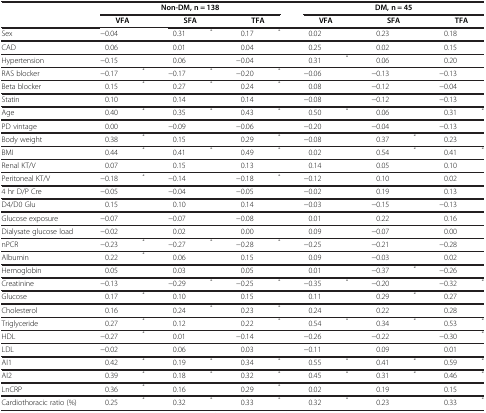
<table><thead><tr><td rowspan="2"><b> </b></td><td colspan="6"><b>Non-DM, n = 138</b></td><td colspan="6"><b>DM, n = 45</b></td></tr><tr><td colspan="2"><b>VFA</b></td><td colspan="2"><b>SFA</b></td><td colspan="2"><b>TFA</b></td><td colspan="2"><b>VFA</b></td><td colspan="2"><b>SFA</b></td><td colspan="2"><b>TFA</b></td></tr></thead><tbody><tr><td>Sex</td><td>−0.04</td><td> </td><td>0.31</td><td><sup><i>*</i></sup></td><td>0.17</td><td><sup><i>*</i></sup></td><td>0.02</td><td> </td><td>0.23</td><td> </td><td>0.18</td><td> </td></tr><tr><td>CAD</td><td>0.06</td><td> </td><td>0.01</td><td> </td><td>0.04</td><td> </td><td>0.25</td><td> </td><td>0.02</td><td> </td><td>0.15</td><td> </td></tr><tr><td>Hypertension</td><td>−0.15</td><td> </td><td>0.06</td><td> </td><td>−0.04</td><td> </td><td>0.31</td><td><sup><i>*</i></sup></td><td>0.06</td><td> </td><td>0.20</td><td> </td></tr><tr><td>RAS blocker</td><td>−0.17</td><td><sup><i>*</i></sup></td><td>−0.17</td><td><sup><i>*</i></sup></td><td>−0.20</td><td><sup><i>*</i></sup></td><td>−0.06</td><td> </td><td>−0.13</td><td> </td><td>−0.13</td><td> </td></tr><tr><td>Beta blocker</td><td>0.15</td><td><sup><i>*</i></sup></td><td>0.27</td><td><sup><i>*</i></sup></td><td>0.24</td><td><sup><i>*</i></sup></td><td>0.08</td><td> </td><td>−0.12</td><td> </td><td>−0.04</td><td> </td></tr><tr><td>Statin</td><td>0.10</td><td> </td><td>0.14</td><td> </td><td>0.14</td><td> </td><td>−0.08</td><td> </td><td>−0.12</td><td> </td><td>−0.13</td><td> </td></tr><tr><td>Age</td><td>0.40</td><td><sup><i>*</i></sup></td><td>0.35</td><td><sup><i>*</i></sup></td><td>0.43</td><td><sup><i>*</i></sup></td><td>0.50</td><td><sup><i>*</i></sup></td><td>0.06</td><td> </td><td>0.31</td><td><sup><i>*</i></sup></td></tr><tr><td>PD vintage</td><td>0.00</td><td> </td><td>−0.09</td><td> </td><td>−0.06</td><td> </td><td>−0.20</td><td> </td><td>−0.04</td><td> </td><td>−0.13</td><td> </td></tr><tr><td>Body weight</td><td>0.38</td><td><sup><i>*</i></sup></td><td>0.15</td><td> </td><td>0.29</td><td><sup><i>*</i></sup></td><td>−0.08</td><td> </td><td>0.37</td><td><sup><i>*</i></sup></td><td>0.23</td><td> </td></tr><tr><td>BMI</td><td>0.44</td><td><sup><i>*</i></sup></td><td>0.41</td><td><sup><i>*</i></sup></td><td>0.49</td><td><sup><i>*</i></sup></td><td>0.02</td><td> </td><td>0.54</td><td><sup><i>*</i></sup></td><td>0.41</td><td><sup><i>*</i></sup></td></tr><tr><td>Renal KT/V</td><td>0.07</td><td> </td><td>0.15</td><td> </td><td>0.13</td><td> </td><td>0.14</td><td> </td><td>0.05</td><td> </td><td>0.10</td><td> </td></tr><tr><td>Peritoneal KT/V</td><td>−0.18</td><td><sup><i>*</i></sup></td><td>−0.14</td><td> </td><td>−0.18</td><td><sup><i>*</i></sup></td><td>−0.12</td><td> </td><td>0.10</td><td> </td><td>0.02</td><td> </td></tr><tr><td>4 hr D/P Cre</td><td>−0.05</td><td> </td><td>−0.04</td><td> </td><td>−0.05</td><td> </td><td>−0.02</td><td> </td><td>0.19</td><td> </td><td>0.13</td><td> </td></tr><tr><td>D4/D0 Glu</td><td>0.15</td><td> </td><td>0.10</td><td> </td><td>0.14</td><td> </td><td>−0.03</td><td> </td><td>−0.15</td><td> </td><td>−0.13</td><td> </td></tr><tr><td>Glucose exposure</td><td>−0.07</td><td> </td><td>−0.07</td><td> </td><td>−0.08</td><td> </td><td>0.01</td><td> </td><td>0.22</td><td> </td><td>0.16</td><td> </td></tr><tr><td>Dialysate glucose load</td><td>−0.02</td><td> </td><td>0.02</td><td> </td><td>0.00</td><td> </td><td>0.09</td><td> </td><td>−0.07</td><td> </td><td>0.00</td><td> </td></tr><tr><td>nPCR</td><td>−0.23</td><td><sup><i>*</i></sup></td><td>−0.27</td><td><sup><i>*</i></sup></td><td>−0.28</td><td><sup><i>*</i></sup></td><td>−0.25</td><td> </td><td>−0.21</td><td> </td><td>−0.28</td><td> </td></tr><tr><td>Albumin</td><td>0.22</td><td><sup><i>*</i></sup></td><td>0.06</td><td> </td><td>0.15</td><td> </td><td>0.09</td><td> </td><td>−0.03</td><td> </td><td>0.02</td><td> </td></tr><tr><td>Hemoglobin</td><td>0.05</td><td> </td><td>0.03</td><td> </td><td>0.05</td><td> </td><td>0.01</td><td> </td><td>−0.37</td><td><sup><i>*</i></sup></td><td>−0.26</td><td> </td></tr><tr><td>Creatinine</td><td>−0.13</td><td> </td><td>−0.29</td><td><sup><i>*</i></sup></td><td>−0.25</td><td><sup><i>*</i></sup></td><td>−0.35</td><td><sup><i>*</i></sup></td><td>−0.20</td><td> </td><td>−0.32</td><td><sup><i>*</i></sup></td></tr><tr><td>Glucose</td><td>0.17</td><td><sup><i>*</i></sup></td><td>0.10</td><td> </td><td>0.15</td><td> </td><td>0.11</td><td> </td><td>0.29</td><td><sup><i>*</i></sup></td><td>0.27</td><td> </td></tr><tr><td>Cholesterol</td><td>0.16</td><td> </td><td>0.24</td><td><sup><i>*</i></sup></td><td>0.23</td><td><sup><i>*</i></sup></td><td>0.24</td><td> </td><td>0.22</td><td> </td><td>0.28</td><td> </td></tr><tr><td>Triglyceride</td><td>0.27</td><td><sup><i>*</i></sup></td><td>0.12</td><td> </td><td>0.22</td><td><sup><i>*</i></sup></td><td>0.54</td><td><sup><i>*</i></sup></td><td>0.34</td><td><sup><i>*</i></sup></td><td>0.53</td><td><sup><i>*</i></sup></td></tr><tr><td>HDL</td><td>−0.27</td><td><sup><i>*</i></sup></td><td>0.01</td><td> </td><td>−0.14</td><td> </td><td>−0.26</td><td> </td><td>−0.22</td><td> </td><td>−0.30</td><td><sup><i>*</i></sup></td></tr><tr><td>LDL</td><td>−0.02</td><td> </td><td>0.06</td><td> </td><td>0.03</td><td> </td><td>−0.11</td><td> </td><td>0.09</td><td> </td><td>0.01</td><td> </td></tr><tr><td>AI1</td><td>0.42</td><td><sup><i>*</i></sup></td><td>0.19</td><td><sup><i>*</i></sup></td><td>0.34</td><td><sup><i>*</i></sup></td><td>0.55</td><td><sup><i>*</i></sup></td><td>0.41</td><td><sup><i>*</i></sup></td><td>0.59</td><td><sup><i>*</i></sup></td></tr><tr><td>AI2</td><td>0.39</td><td><sup><i>*</i></sup></td><td>0.18</td><td><sup><i>*</i></sup></td><td>0.32</td><td><sup><i>*</i></sup></td><td>0.45</td><td><sup><i>*</i></sup></td><td>0.31</td><td><sup><i>*</i></sup></td><td>0.46</td><td><sup><i>*</i></sup></td></tr><tr><td>LnCRP</td><td>0.36</td><td><sup><i>*</i></sup></td><td>0.16</td><td> </td><td>0.29</td><td><sup><i>*</i></sup></td><td>0.02</td><td> </td><td>0.19</td><td> </td><td>0.15</td><td> </td></tr><tr><td>Cardiothoracic ratio (%)</td><td>0.25</td><td><sup><i>*</i></sup></td><td>0.32</td><td><sup><i>*</i></sup></td><td>0.33</td><td><sup><i>*</i></sup></td><td>0.32</td><td><sup><i>*</i></sup></td><td>0.23</td><td> </td><td>0.33</td><td><sup><i>*</i></sup></td></tr></tbody></table>